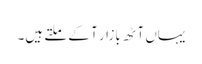
یہاں آٹھ بازار آ کے ملتے ہیں۔